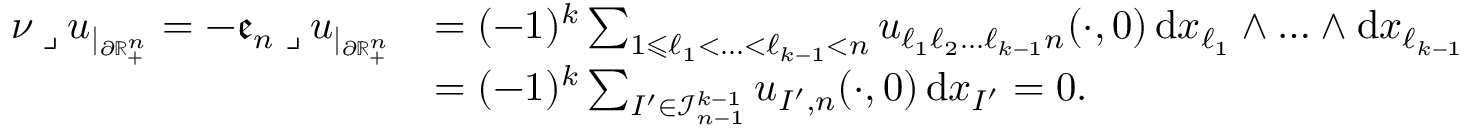
\begin{array} { r l } { \nu \mathbin { \lrcorner } u _ { | _ { \partial \mathbb { R } _ { + } ^ { n } } } = - \mathfrak { e } _ { n } \mathbin { \lrcorner } u _ { | _ { \partial \mathbb { R } _ { + } ^ { n } } } } & { = ( - 1 ) ^ { k } \sum _ { 1 \leqslant \ell _ { 1 } < \ldots < \ell _ { k - 1 } < n } u _ { \ell _ { 1 } \ell _ { 2 } \ldots \ell _ { k - 1 } n } ( \cdot , 0 ) \, \mathrm { d } x _ { \ell _ { 1 } } \wedge \ldots \wedge \mathrm { d } x _ { \ell _ { k - 1 } } } \\ & { = ( - 1 ) ^ { k } \sum _ { I ^ { \prime } \in \mathcal { I } _ { n - 1 } ^ { k - 1 } } u _ { I ^ { \prime } , n } ( \cdot , 0 ) \, \mathrm { d } x _ { I ^ { \prime } } = 0 \mathrm { . ~ } } \end{array}